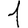
Digit: 1